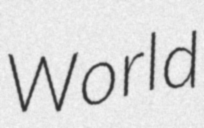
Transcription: World